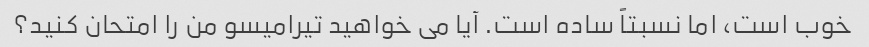
خوب است، اما نسبتاً ساده است. آیا می خواهید تیرامیسو من را امتحان کنید؟